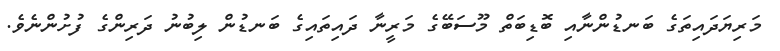
މަރިޔަދައިތަގެ ބަނޑުންނާއި ބޮޑިބަތް މޫސަބޭގެ މަރީނާ ދައިތައިގެ ބަނޑުން ލިބުނު ދަރިންގެ ފުށުންނެވެ.